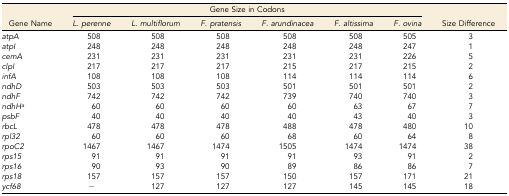
|  | <COLSPAN=6> Gene Size in Codons |  |
 | Gene Name | L. perenne | L. multiflorum | F. pratensis | F. arundinacea | F. altissima | F. ovina | Size Difference |
 | --- | --- | --- | --- | --- | --- | --- | --- |
 | atpA | 508 | 508 | 508 | 508 | 508 | 505 | 3 |
 | atpI | 248 | 248 | 248 | 248 | 248 | 247 | 1 |
 | cemA | 231 | 231 | 231 | 231 | 231 | 226 | 5 |
 | clpI | 217 | 217 | 217 | 215 | 217 | 215 | 2 |
 | infA | 108 | 108 | 108 | 114 | 114 | 114 | 6 |
 | ndhD | 503 | 503 | 503 | 501 | 501 | 501 | 2 |
 | ndhF | 742 | 742 | 742 | 739 | 740 | 740 | 3 |
 | ndhHa | 60 | 60 | 60 | 60 | 63 | 67 | 7 |
 | psbF | 40 | 40 | 40 | 40 | 43 | 40 | 3 |
 | rbcL | 478 | 478 | 478 | 488 | 478 | 480 | 10 |
 | rpl32 | 60 | 60 | 60 | 68 | 60 | 64 | 8 |
 | rpoC2 | 1467 | 1467 | 1474 | 1505 | 1474 | 1474 | 38 |
 | rps15 | 91 | 91 | 91 | 91 | 93 | 91 | 2 |
 | rps16 | 90 | 93 | 90 | 89 | 86 | 86 | 7 |
 | rps18 | 157 | 157 | 157 | 150 | 157 | 171 | 21 |
 | ycf68 | − | 127 | 127 | 127 | 145 | 145 | 18 |